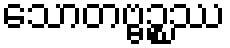
သောတဗ္ဗဉ္စဿ